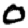
Digit: 0